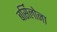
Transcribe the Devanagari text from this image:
बर्सिलोना